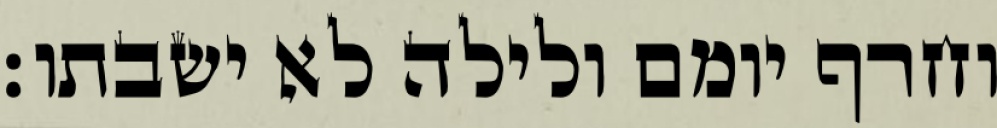
וחרף יומם ולילה לא ישבתו׃